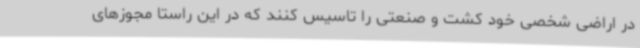
در اراضی شخصی خود کشت و صنعتی را تاسیس کنند که در این راستا مجوزهای